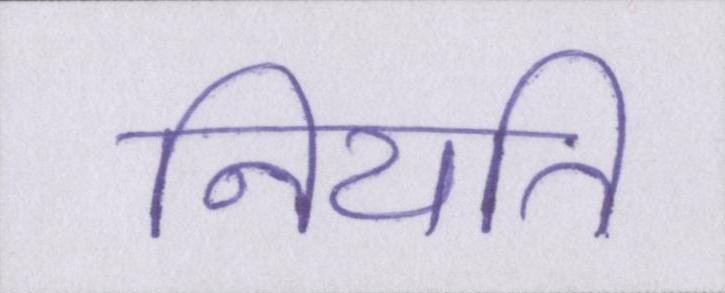
नियति